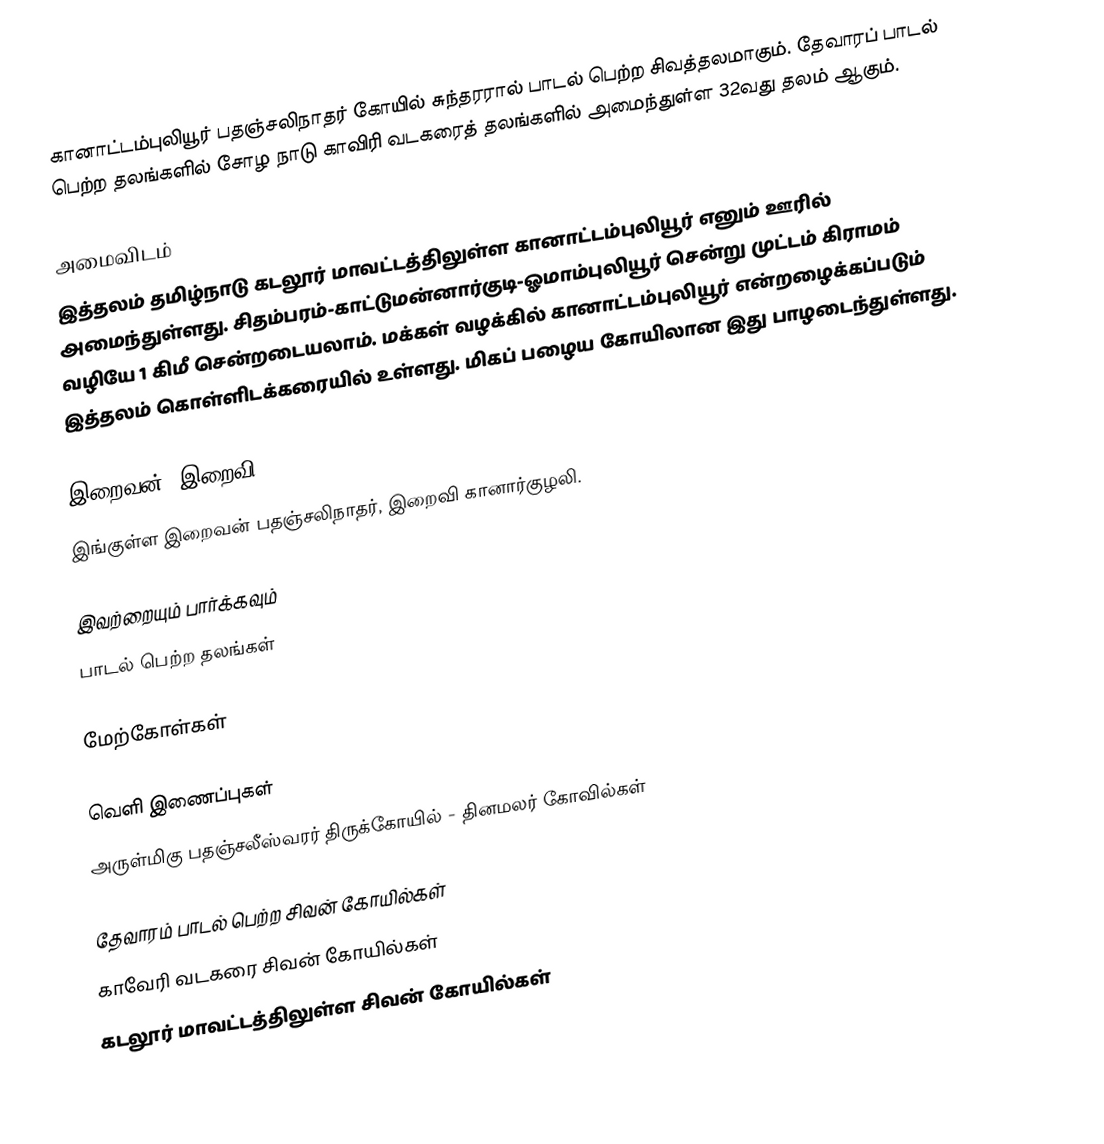
கானாட்டம்புலியூர் பதஞ்சலிநாதர் கோயில் சுந்தரரால் பாடல் பெற்ற சிவத்தலமாகும்.  தேவாரப் பாடல் பெற்ற தலங்களில் சோழ நாடு காவிரி வடகரைத் தலங்களில் அமைந்துள்ள 32வது தலம் ஆகும்.

அமைவிடம்
இத்தலம் தமிழ்நாடு கடலூர் மாவட்டத்திலுள்ள கானாட்டம்புலியூர் எனும் ஊரில் அமைந்துள்ளது. சிதம்பரம்-காட்டுமன்னார்குடி-ஓமாம்புலியூர் சென்று முட்டம் கிராமம் வழியே 1 கிமீ சென்றடையலாம். மக்கள் வழக்கில் கானாட்டம்புலியூர் என்றழைக்கப்படும் இத்தலம் கொள்ளிடக்கரையில் உள்ளது. மிகப் பழைய கோயிலான இது பாழடைந்துள்ளது.

இறைவன், இறைவி
இங்குள்ள இறைவன் பதஞ்சலிநாதர், இறைவி கானார்குழலி.

இவற்றையும் பார்க்கவும்
 பாடல் பெற்ற தலங்கள்

மேற்கோள்கள்

வெளி இணைப்புகள்
 அருள்மிகு பதஞ்சலீஸ்வரர் திருக்கோயில் - தினமலர் கோவில்கள்

தேவாரம் பாடல் பெற்ற சிவன் கோயில்கள்
காவேரி வடகரை சிவன் கோயில்கள்
கடலூர் மாவட்டத்திலுள்ள சிவன் கோயில்கள்